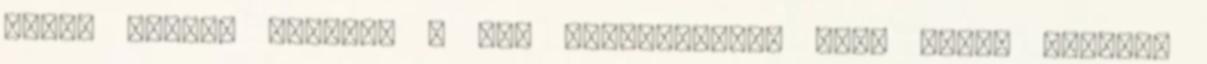
három gyerek mellett a mai keresetekből elég cifra megélni